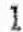
1